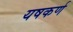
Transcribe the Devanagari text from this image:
यषकर्ण